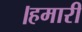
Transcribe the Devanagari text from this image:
।हमारी